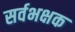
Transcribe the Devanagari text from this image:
सर्वभक्षक